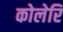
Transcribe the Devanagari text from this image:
कोलेरि